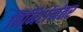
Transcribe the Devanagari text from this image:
मिनिटांनंतर